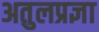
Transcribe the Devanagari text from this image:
अतुलप्रज्ञा